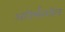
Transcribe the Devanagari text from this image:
अनिर्भरशील